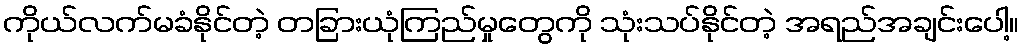
ကိုယ်လက်မခံနိုင်တဲ့ တခြားယုံကြည်မှုတွေကို သုံးသပ်နိုင်တဲ့ အရည်အချင်းပေါ့။